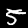
Digit: 5